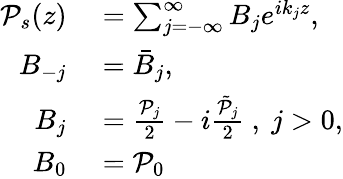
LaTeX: \begin{array}{rl}{\mathcal{P}_{s}(z)}&{{}=\sum_{j=-\infty}^{\infty}B_{j}e^{ik_{j}z},}\\ {B_{-j}}&{{}=\bar{B}_{j},}\\ {B_{j}}&{{}=\frac{\mathcal{P}_{j}}{2}-i\frac{\tilde{\mathcal{P}}_{j}}{2}\mathrm{~,~}j>0,}\\ {B_{0}}&{{}=\mathcal{P}_{0}}\end{array}